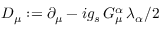
D _ { \mu } : = \partial _ { \mu } - i g _ { s } \, G _ { \mu } ^ { \alpha } \, \lambda _ { \alpha } / 2